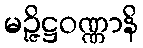
မဉ္ဇိဋ္ဌဝဏ္ဏာနိ